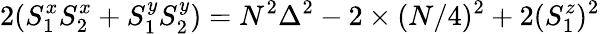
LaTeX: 2(S_{1}^{x}S_{2}^{x}+S_{1}^{y}S_{2}^{y})=N^{2}\Delta^{2}-2\times(N/4)^{2}+2(S_{1}^{z})^{2}